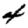
Digit: 4